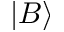
| B \rangle